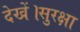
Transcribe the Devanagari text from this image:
देखें।सुरक्षा